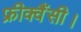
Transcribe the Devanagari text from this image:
फ्रीक्वैंसी।